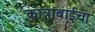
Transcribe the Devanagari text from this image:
कात्राबाईचा